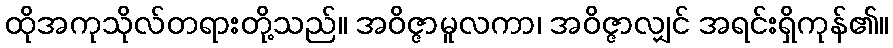
ထိုအကုသိုလ်တရားတို့သည်။ အဝိဇ္ဇာမူလကာ၊ အဝိဇ္ဇာလျှင် အရင်းရှိကုန်၏။